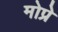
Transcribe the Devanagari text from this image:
मोप्रे